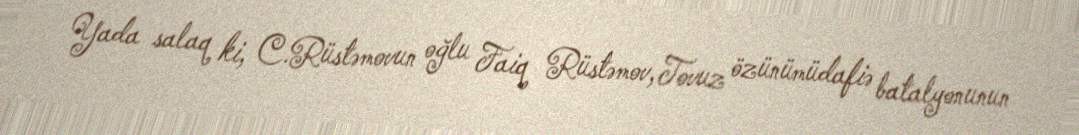
Yada salaq ki, C.Rüstəmovun oğlu Faiq Rüstəmov, Tovuz özünümüdafiə batalyonunun